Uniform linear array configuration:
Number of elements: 4
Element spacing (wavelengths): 0.75
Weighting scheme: binomial
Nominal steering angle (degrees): -45
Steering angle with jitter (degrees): -45.704
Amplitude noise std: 0.05
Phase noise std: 0.05

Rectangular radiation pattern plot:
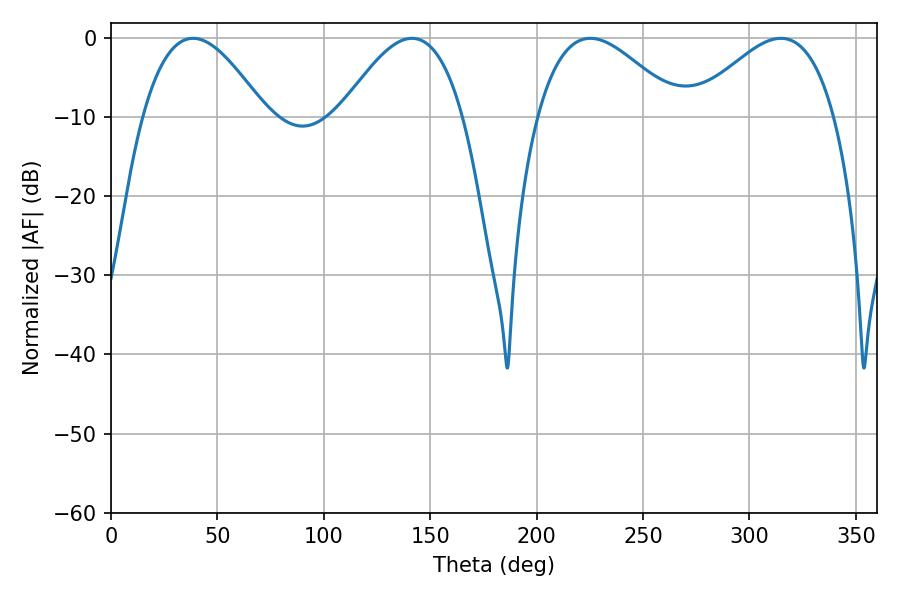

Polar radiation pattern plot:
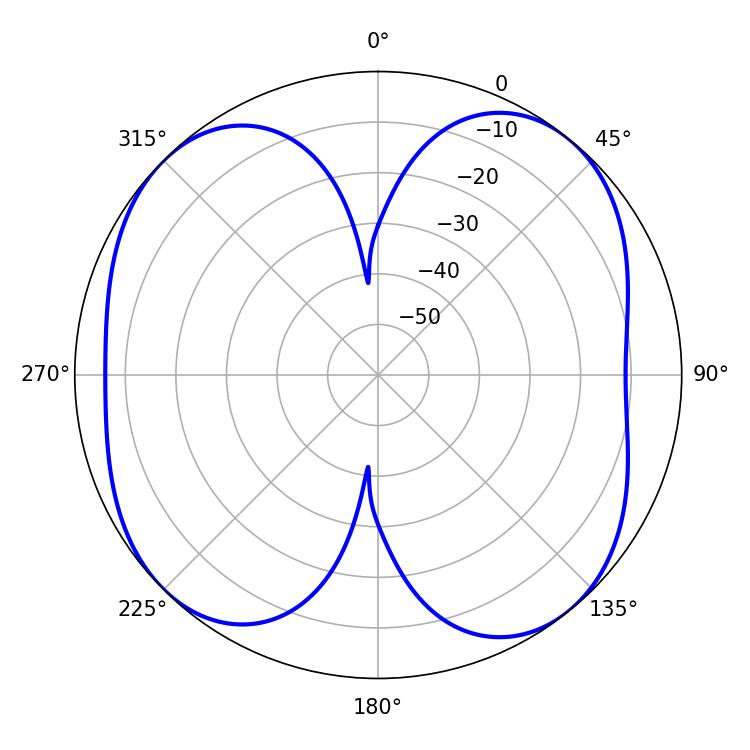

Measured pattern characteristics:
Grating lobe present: TRUE
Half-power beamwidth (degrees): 31.32
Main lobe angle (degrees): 38.52